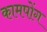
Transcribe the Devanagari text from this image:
कामपोंग